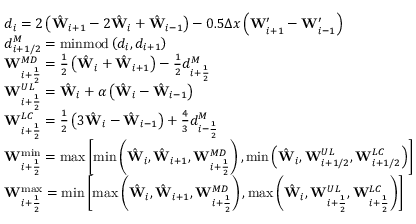
\begin{array} { r l } & { d _ { i } = 2 \left( \hat { \mathbf { W } } _ { i + 1 } - 2 \hat { \mathbf { W } } _ { i } + \hat { \mathbf { W } } _ { i - 1 } \right) - 0 . 5 \Delta x \left( \mathbf { W } _ { i + 1 } ^ { \prime } - \mathbf { W } _ { i - 1 } ^ { \prime } \right) } \\ & { d _ { i + 1 / 2 } ^ { M } = \operatorname { m i n m o d } \left( d _ { i } , d _ { i + 1 } \right) } \\ & { \mathbf { W } _ { i + \frac { 1 } { 2 } } ^ { M D } = \frac { 1 } { 2 } \left( \hat { \mathbf { W } } _ { i } + \hat { \mathbf { W } } _ { i + 1 } \right) - \frac { 1 } { 2 } d _ { i + \frac { 1 } { 2 } } ^ { M } } \\ & { \mathbf { W } _ { i + \frac { 1 } { 2 } } ^ { U L } = \hat { \mathbf { W } } _ { i } + \alpha \left( \hat { \mathbf { W } } _ { i } - \hat { \mathbf { W } } _ { i - 1 } \right) } \\ & { \mathbf { W } _ { i + \frac { 1 } { 2 } } ^ { L C } = \frac { 1 } { 2 } \left( 3 \hat { \mathbf { W } } _ { i } - \hat { \mathbf { W } } _ { i - 1 } \right) + \frac { 4 } { 3 } d _ { i - \frac { 1 } { 2 } } ^ { M } } \\ & { \mathbf { W } _ { i + \frac { 1 } { 2 } } ^ { \operatorname* { m i n } } = \operatorname* { m a x } \left[ \operatorname* { m i n } \left( \hat { \mathbf { W } } _ { i } , \hat { \mathbf { W } } _ { i + 1 } , \mathbf { W } _ { i + \frac { 1 } { 2 } } ^ { M D } \right) , \operatorname* { m i n } \left( \hat { \mathbf { W } } _ { i } , \mathbf { W } _ { i + 1 / 2 } ^ { U L } , \mathbf { W } _ { i + 1 / 2 } ^ { L C } \right) \right] } \\ & { \mathbf { W } _ { i + \frac { 1 } { 2 } } ^ { \operatorname* { m a x } } = \operatorname* { m i n } \left[ \operatorname* { m a x } \left( \hat { \mathbf { W } } _ { i } , \hat { \mathbf { W } } _ { i + 1 } , \mathbf { W } _ { i + \frac { 1 } { 2 } } ^ { M D } \right) , \operatorname* { m a x } \left( \hat { \mathbf { W } } _ { i } , \mathbf { W } _ { i + \frac { 1 } { 2 } } ^ { U L } , \mathbf { W } _ { i + \frac { 1 } { 2 } } ^ { L C } \right) \right] } \\ & { } \end{array}